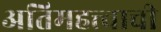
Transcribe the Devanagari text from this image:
अतिमहत्त्वाची